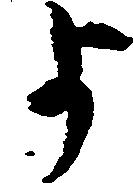
よ